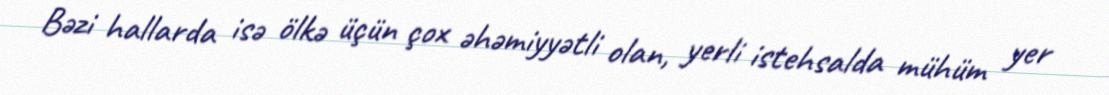
Bəzi hallarda isə ölkə üçün çox əhəmiyyətli olan, yerli istehsalda mühüm yer